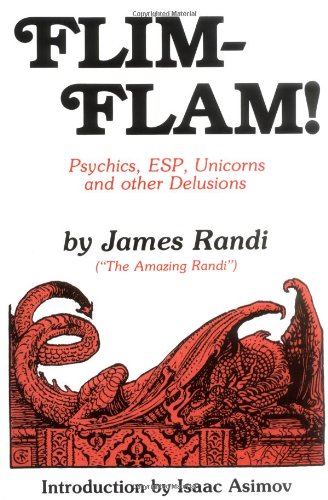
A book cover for Flim-Flam! Psychics, ESP, Unicorns, and Other Delusions; James Randi; Religion & Spirituality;